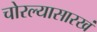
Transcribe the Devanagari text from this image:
चोरल्यासारखं